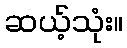
ဆယ့်သုံး။